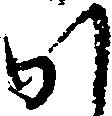
か